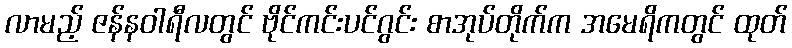
လာမည့် ဇန်နဝါရီလတွင် ဗိုင်ကင်းပင်ဂွင်း စာအုပ်တိုက်က အမေရိကတွင် ထုတ်